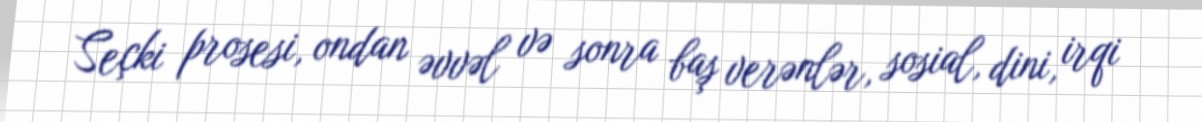
Seçki prosesi, ondan əvvəl və sonra baş verənlər, sosial, dini, irqi